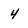
Character: 4